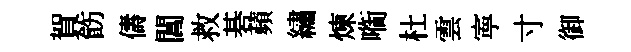
賀飭儔閶救碁蘋繡煉㗸杜雲寕寸御